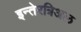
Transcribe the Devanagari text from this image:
इन्तेरत्रिअल